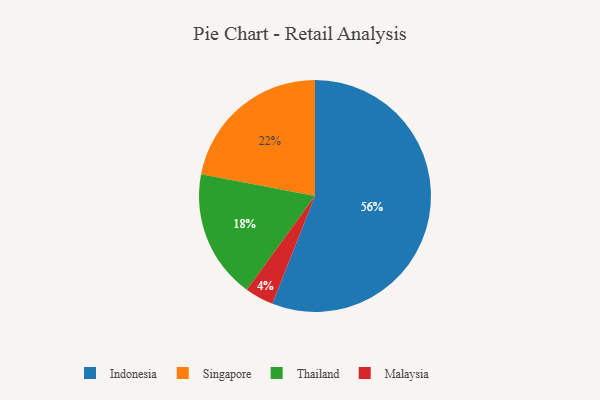
{"axis": {"x": "Category", "y": "Percentage"}, "legend": ["Indonesia", "Malaysia", "Singapore", "Thailand"], "data": [{"x": "Malaysia", "y": 4, "type": "Malaysia"}, {"x": "Thailand", "y": 18, "type": "Thailand"}, {"x": "Indonesia", "y": 56, "type": "Indonesia"}, {"x": "Singapore", "y": 22, "type": "Singapore"}]}